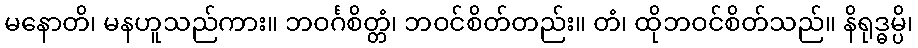
မနောတိ၊ မနဟူသည်ကား။ ဘဝင်္ဂစိတ္တံ၊ ဘဝင်စိတ်တည်း။ တံ၊ ထိုဘဝင်စိတ်သည်။ နိရုဒ္ဓမ္ပိ၊